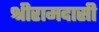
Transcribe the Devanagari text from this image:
श्रीरामदासी